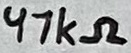
Text: 47kΩ